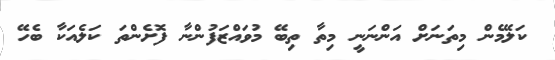
ކަލޭމެން މިތަނަށް އަންނަނީ މިތާ ތިބޭ މުވައްޒަފުންނާ ފޮށެންތަ ކަލެއަކާ ބެހޭ